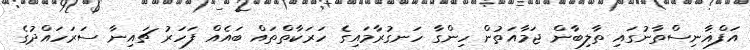
އަފްޣާނިސްތާނުގައި ތާލިބާން ޖަމާއަތުން ހިންގާ ހަނގުރާމައިގެ ހަރަކާތްތައް ބައެއް ފަހަރު ޗައިނާ ސަރަހައްދުގެ